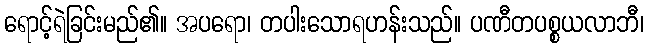
ရောင့်ရဲခြင်းမည်၏။ အပရော၊ တပါးသောရဟန်းသည်။ ပဏီတပစ္စယလာဘီ၊